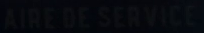
AIRE DE SERVICE